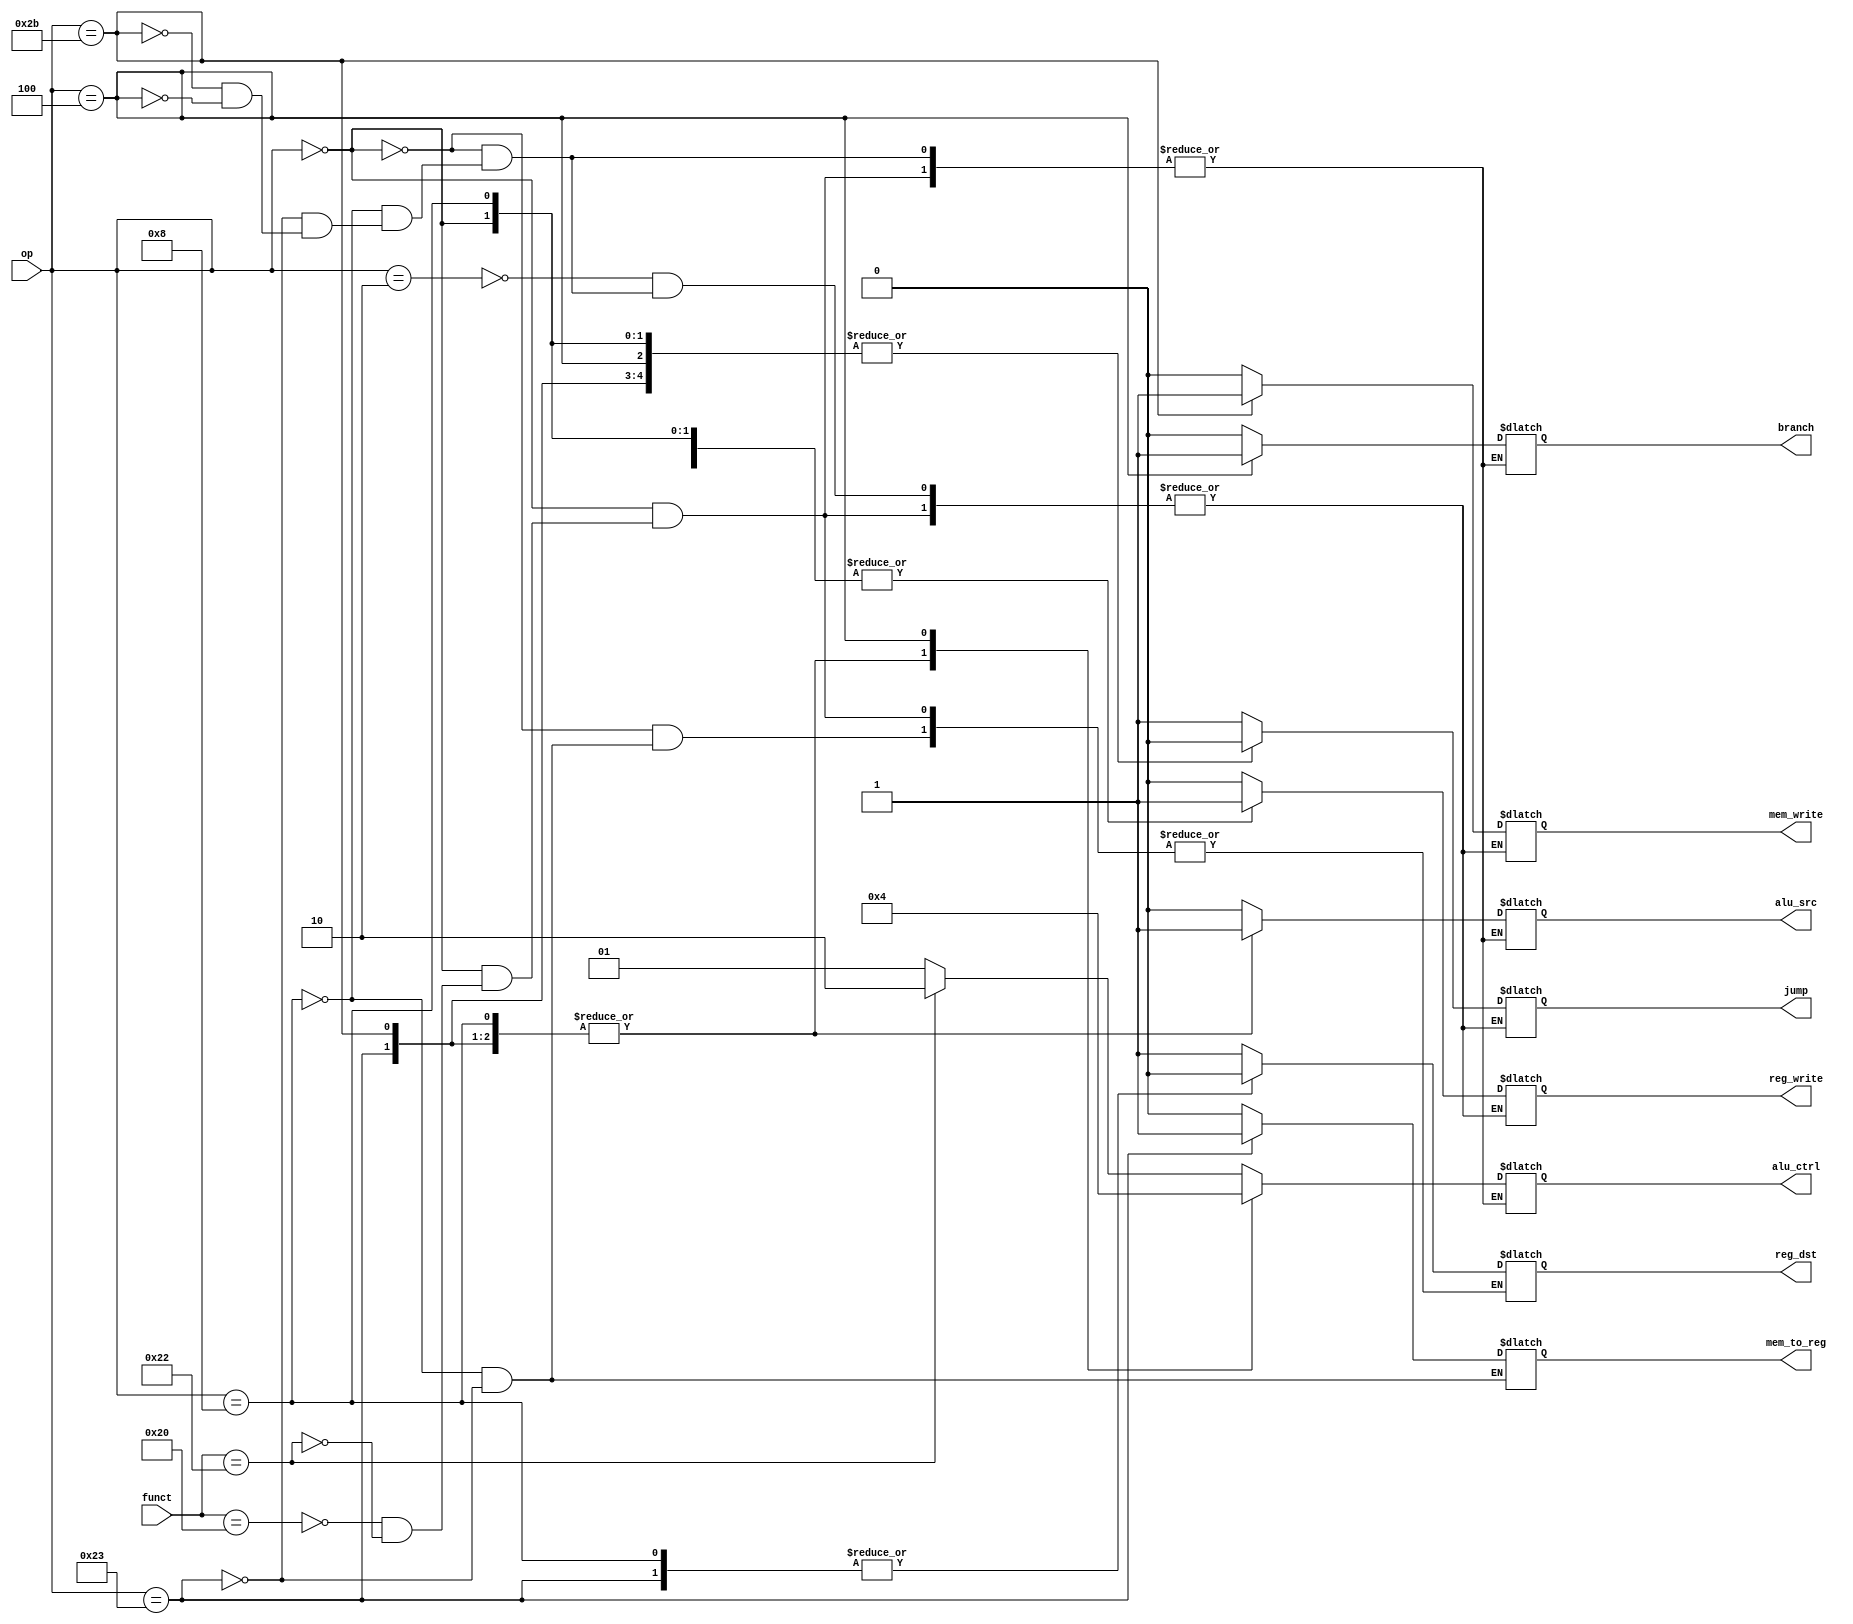
module control(op, funct, mem_to_reg, mem_write, branch, alu_ctrl, alu_src, reg_dst, reg_write, jump) ;
  input [5:0] funct;
  input [5:0] op;

  output [0:0] mem_to_reg, mem_write, branch, alu_src, reg_dst, reg_write, jump;
  output [1:0] alu_ctrl;

  reg [0:0] mem_to_reg, mem_write, branch, alu_src, reg_dst, reg_write, jump;
  reg [1:0] alu_ctrl;

  always @(*) begin
    case(op)
      // jump opcode
      6'b000010: begin
        jump = 1;
        reg_write = 0;
        mem_write = 0;
    	end
      // R type op-code
      6'b000000:
        case(funct)
          // we are an R instruction type
          // what function are we?

          // add funct
          6'b100000: begin
            reg_write = 1;
            reg_dst = 1;
            alu_src = 0;
            branch = 0;
            mem_write = 0;
            alu_ctrl = 2'b01;
            jump = 0;
      	end
          // sub funct
          6'b100010: begin
            reg_write = 1;
            reg_dst = 1;
            alu_src = 0;
            branch = 0;
            mem_write = 0;
            alu_ctrl = 2'b10;
            jump = 0;
        	end
        endcase
      // I type OP codes

      // Addi
      6'b001000: begin
        reg_write = 1;
        reg_dst = 0;
        alu_src = 1;
        alu_ctrl = 2'b01;
        branch = 0;
        mem_write = 0;
        mem_to_reg = 0;
        jump = 0;
    	end
      // lw
      6'b100011: begin
        reg_write = 1;
        reg_dst = 0;
        alu_src = 1;
        branch = 0;
        mem_write = 0;
        mem_to_reg = 1;
        alu_ctrl = 2'b01;
        jump = 0;
    	end
      // sw
      6'b101011: begin
        reg_write = 0;
        alu_src = 1;
        branch = 0;
        mem_write = 1;
        alu_ctrl = 2'b01;
        jump = 0;
    	end
      // beq 
      6'b000100: begin
        reg_write = 0;
        alu_src = 0;
        branch = 1;
        mem_write = 0;
        alu_ctrl = 2'b00;
        jump = 0;
    	end
    endcase
  end
endmodule